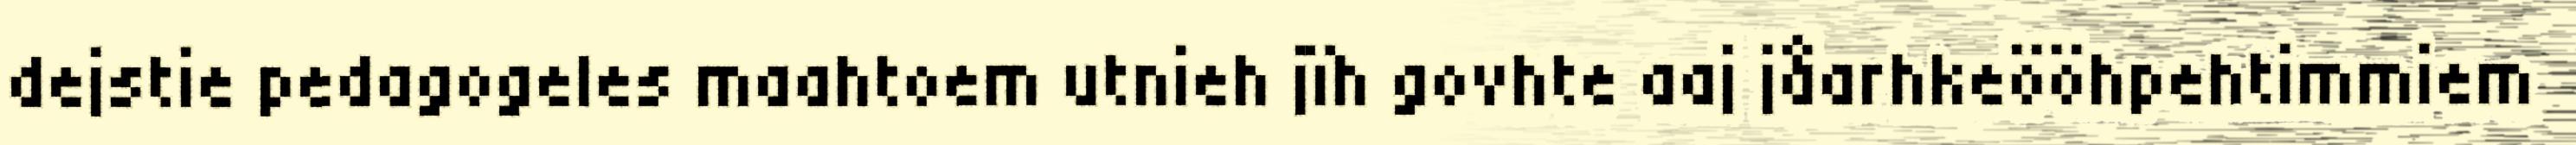
dejstie pedagogeles maahtoem utnieh jïh govhte aaj jåarhkeööhpehtimmiem